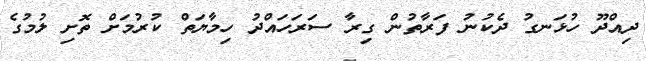
ދިއްދޫ ހުޅަނގު ދެކުނު ފަރާތުން ގިރާ ސަރަހައްދު ހިމާޔަތް ކުރުމަށް ތޮށި ލުމުގެ